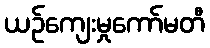
ယဉ်ကျေးမှုကော်မတီ